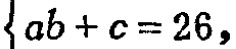
\(\begin{cases}ab + c = 26,\\\end{cases}\)